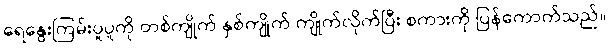
ရေနွေးကြမ်းပူပူကို တစ်ကျိုက် နှစ်ကျိုက် ကျိုက်လိုက်ပြီး စကားကို ပြန်ကောက်သည်။